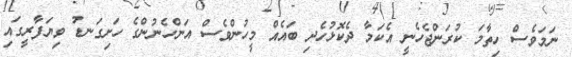
ނަމަވެސް ހިތާމަ ކުރަންޖެހެނީ އެކަމާ ދެކޮޅުހެދި ބައެއް މީހުންވެސް އަންހެނުންގެ ހަށިގަނޑު ވިޔަފާރީގައި